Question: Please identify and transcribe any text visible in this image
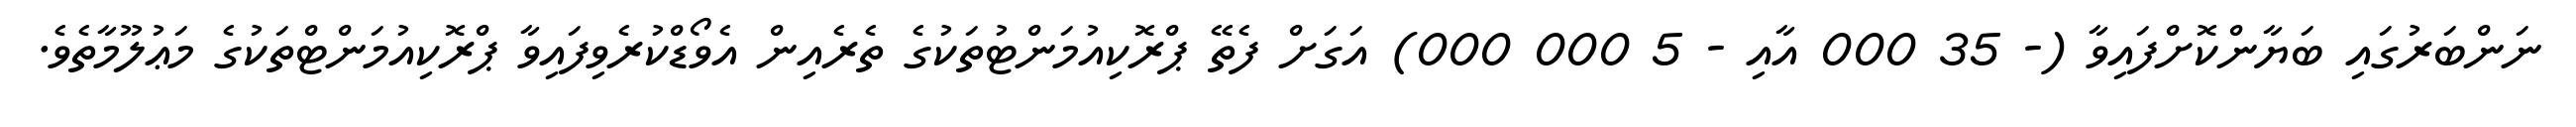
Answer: ނަންބަރުގައި ބަޔާންކޮށްފައިވާ (- 35 000 އާއި - 5 000 000) އަގަށް ފެތޭ ޕްރޮކިއުމަންޓުތަކުގެ ތެރެއިން އެވޯޑްކުރެވިފައިވާ ޕްރޮކިއުމަންޓްތަކުގެ މަޢުލޫމާތެވެ.